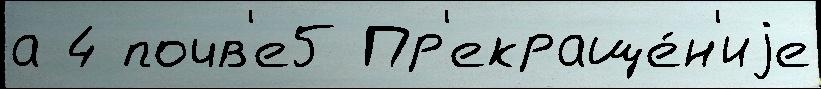
а 4 почв'е5 Пр'екраще́н'иjе